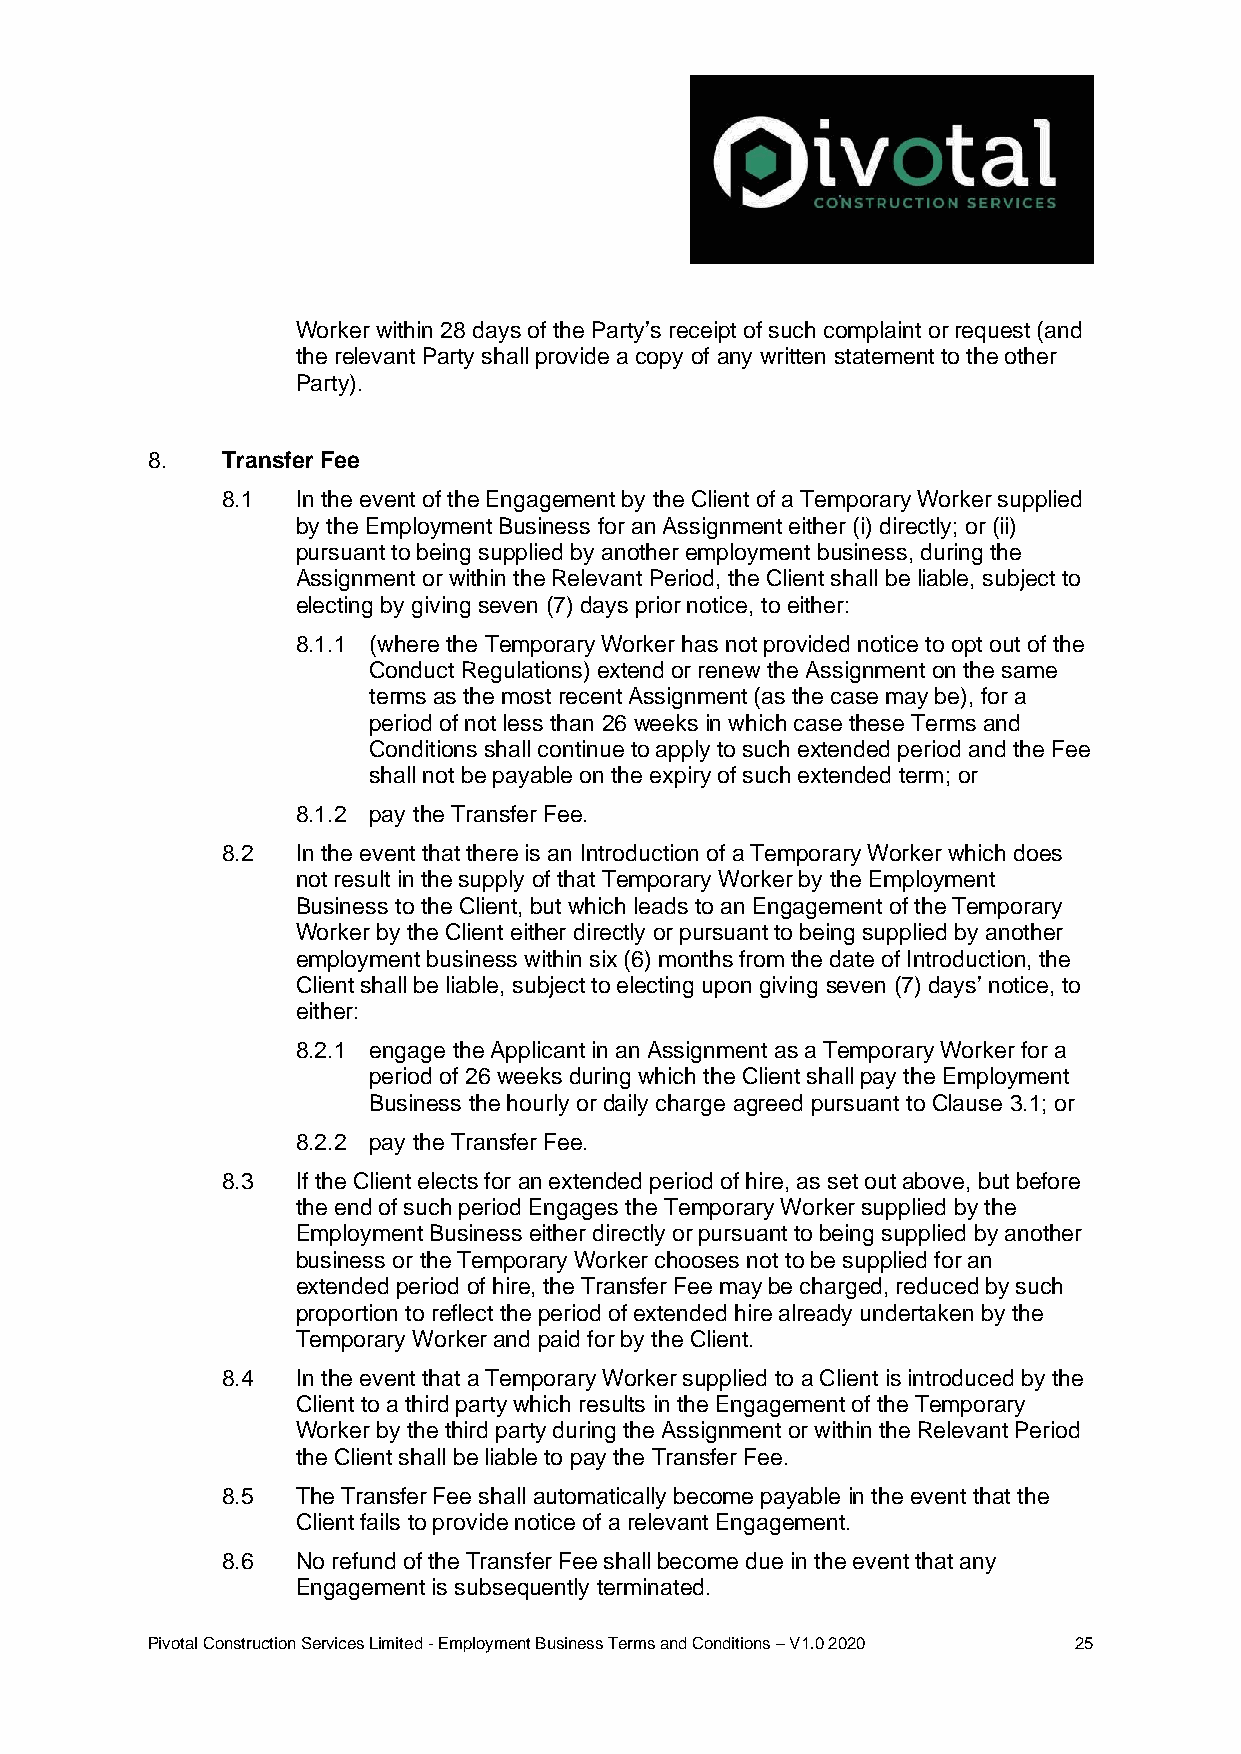
Worker within 28 days of the Party’s receipt of such complaint or request (and
 the relevant Party shall provide a copy of any written statement to the other
 Party).
 8.   Transfer Fee
 8.1  In the event of the Engagement by the Client of a Temporary Worker supplied
 by the Employment Business for an Assignment either (i) directly; or (ii)
 pursuant to being supplied by another employment business, during the
 Assignment or within the Relevant Period, the Client shall be liable, subject to
 electing by giving seven (7) days prior notice, to either:
 8.1.1 (where the Temporary Worker has not provided notice to opt out of the
 Conduct Regulations) extend or renew the Assignment on the same
 terms as the most recent Assignment (as the case may be), for a
 period of not less than 26 weeks in which case these Terms and
 Conditions shall continue to apply to such extended period and the Fee
 shall not be payable on the expiry of such extended term; or
 8.1.2 pay the Transfer Fee.
 8.2  In the event that there is an Introduction of a Temporary Worker which does
 not result in the supply of that Temporary Worker by the Employment
 Business to the Client, but which leads to an Engagement of the Temporary
 Worker by the Client either directly or pursuant to being supplied by another
 employment business within six (6) months from the date of Introduction, the
 Client shall be liable, subject to electing upon giving seven (7) days’ notice, to
 either:
 8.2.1 engage the Applicant in an Assignment as a Temporary Worker for a
 period of 26 weeks during which the Client shall pay the Employment
 Business the hourly or daily charge agreed pursuant to Clause 3.1; or
 8.2.2 pay the Transfer Fee.
 8.3  If the Client elects for an extended period of hire, as set out above, but before
 the end of such period Engages the Temporary Worker supplied by the
 Employment Business either directly or pursuant to being supplied by another
 business or the Temporary Worker chooses not to be supplied for an
 extended period of hire, the Transfer Fee may be charged, reduced by such
 proportion to reflect the period of extended hire already undertaken by the
 Temporary Worker and paid for by the Client.
 8.4  In the event that a Temporary Worker supplied to a Client is introduced by the
 Client to a third party which results in the Engagement of the Temporary
 Worker by the third party during the Assignment or within the Relevant Period
 the Client shall be liable to pay the Transfer Fee.
 8.5  The Transfer Fee shall automatically become payable in the event that the
 Client fails to provide notice of a relevant Engagement.
 8.6  No refund of the Transfer Fee shall become due in the event that any
 Engagement is subsequently terminated.
 Pivotal Construction Services Limited - Employment Business Terms and Conditions – V1.0 2020 25